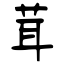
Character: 茸